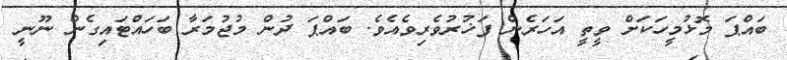
ބައްޕަ މޮޅުމީހަކަށް ވީތީ އަހަރެން ފަޚުރުވެރިވެއެވެ. ބައްޕަ ދުން މުޖުމަރާ ބަހައްޓައިގެން ނޫނީ